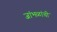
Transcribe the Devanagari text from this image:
जांभळांची